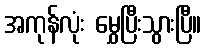
အကုန်လုံး မွှေပြီးသွားပြီ။